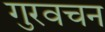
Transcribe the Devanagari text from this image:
गुरवचन